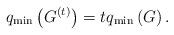
LaTeX: \begin{align*}q_{\min}\left( G^{\left( t\right) }\right) =tq_{\min}\left( G\right) .\end{align*}